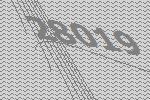
28019